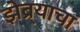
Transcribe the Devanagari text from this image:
झेब्र्याचा